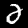
Label: 2